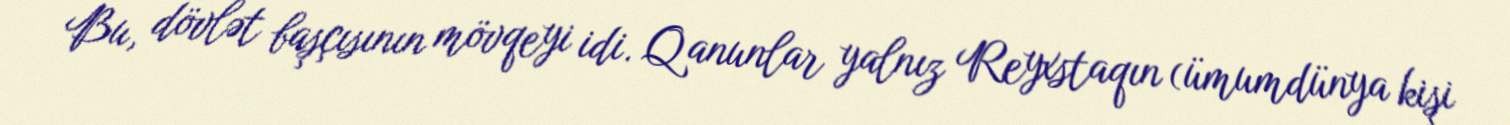
Bu, dövlət başçısının mövqeyi idi. Qanunlar yalnız Reyxstaqın (ümumdünya kişi